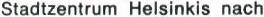
Stadtzentrum Helsinkis nach